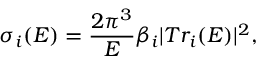
\sigma _ { i } ( E ) = \frac { 2 \pi ^ { 3 } } { E } \beta _ { i } | T r _ { i } ( E ) | ^ { 2 } ,